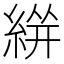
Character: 𱹹